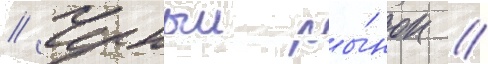
// Черныи ры́нок //